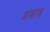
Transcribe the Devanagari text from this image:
अवारु